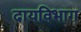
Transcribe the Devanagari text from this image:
दायविभाग